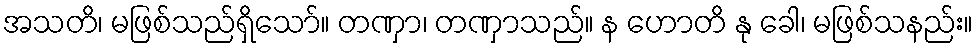
အသတိ၊ မဖြစ်သည်ရှိသော်။ တဏှာ၊ တဏှာသည်။ န ဟောတိ နု ခေါ၊ မဖြစ်သနည်း။